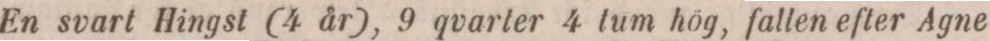
En svart Hingst (4 år), 9 qvarter 4 tum hög, fallen efter Agne